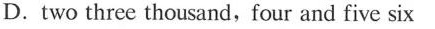
D. two three thousand,four and five six